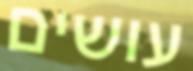
עושים